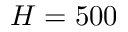
H = 5 0 0